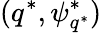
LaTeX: (q^{*},\psi_{q^{*}}^{*})